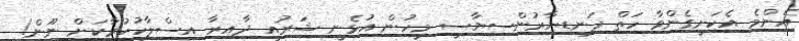
އެންމެ އެކަށީގެންވާ ހަތް ފަނޑިޔާރުންސިޔާސީ މީހުން އުޅެނީ ޝަރުއީ ދާއިރާ އިސްލާހުކުރާކަށް ނޫން!